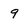
Character: 9